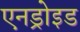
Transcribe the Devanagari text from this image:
एनड्रोइड